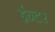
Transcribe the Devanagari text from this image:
ईन्टर